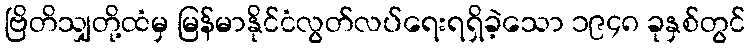
ဗြိတိသျှတို့ထံမှ မြန်မာနိုင်ငံလွတ်လပ်ရေးရရှိခဲ့သော ၁၉၄၈ ခုနှစ်တွင်